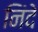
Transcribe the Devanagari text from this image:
निंदे